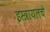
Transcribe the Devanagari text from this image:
इस्त्रायलचे